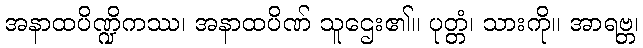
အနာထပိဏ္ဍိကဿ၊ အနာထပိဏ် သူဌေး၏။ ပုတ္တံ၊ သားကို။ အာရဗ္ဘ၊